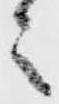
之